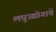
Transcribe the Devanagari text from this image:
लघुउद्योगाचे